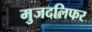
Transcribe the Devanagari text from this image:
मुजदलिफर